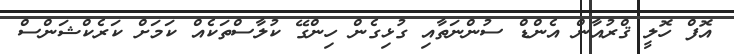
އޮފް ހޮލީ ޤްރުއާން އެންޑް ސުންނަތާއި ގުޅިގެން ހިންގޭ ކުލާސްތަކެއް ކަމަށް ކަރެކްޝަންސް